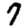
Digit: 7